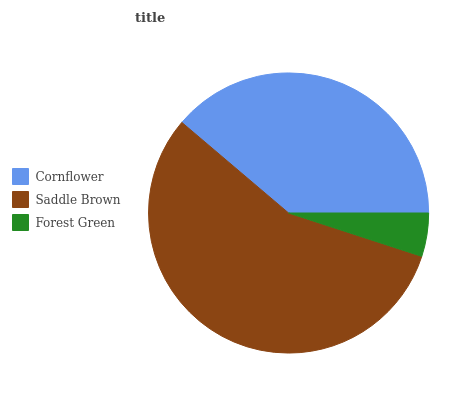
| Cornflower | Saddle Brown | Forest Green |
 | --- | --- | --- |
 | 38.8% | 56.2% | 5.01% |